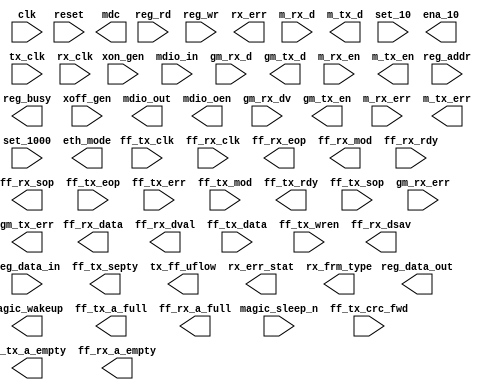
module mac (
		input  wire        clk,           // control_port_clock_connection.clk
		input  wire        reset,         //              reset_connection.reset
		input  wire [7:0]  reg_addr,      //                  control_port.address
		output wire [31:0] reg_data_out,  //                              .readdata
		input  wire        reg_rd,        //                              .read
		input  wire [31:0] reg_data_in,   //                              .writedata
		input  wire        reg_wr,        //                              .write
		output wire        reg_busy,      //                              .waitrequest
		input  wire        ff_tx_clk,     //     transmit_clock_connection.clk
		input  wire        ff_rx_clk,     //      receive_clock_connection.clk
		output wire [31:0] ff_rx_data,    //                       receive.data
		output wire        ff_rx_eop,     //                              .endofpacket
		output wire [5:0]  rx_err,        //                              .error
		output wire [1:0]  ff_rx_mod,     //                              .empty
		input  wire        ff_rx_rdy,     //                              .ready
		output wire        ff_rx_sop,     //                              .startofpacket
		output wire        ff_rx_dval,    //                              .valid
		input  wire [31:0] ff_tx_data,    //                      transmit.data
		input  wire        ff_tx_eop,     //                              .endofpacket
		input  wire        ff_tx_err,     //                              .error
		input  wire [1:0]  ff_tx_mod,     //                              .empty
		output wire        ff_tx_rdy,     //                              .ready
		input  wire        ff_tx_sop,     //                              .startofpacket
		input  wire        ff_tx_wren,    //                              .valid
		input  wire        xon_gen,       //           mac_misc_connection.xon_gen
		input  wire        xoff_gen,      //                              .xoff_gen
		output wire        magic_wakeup,  //                              .magic_wakeup
		input  wire        magic_sleep_n, //                              .magic_sleep_n
		input  wire        ff_tx_crc_fwd, //                              .ff_tx_crc_fwd
		output wire        ff_tx_septy,   //                              .ff_tx_septy
		output wire        tx_ff_uflow,   //                              .tx_ff_uflow
		output wire        ff_tx_a_full,  //                              .ff_tx_a_full
		output wire        ff_tx_a_empty, //                              .ff_tx_a_empty
		output wire [17:0] rx_err_stat,   //                              .rx_err_stat
		output wire [3:0]  rx_frm_type,   //                              .rx_frm_type
		output wire        ff_rx_dsav,    //                              .ff_rx_dsav
		output wire        ff_rx_a_full,  //                              .ff_rx_a_full
		output wire        ff_rx_a_empty, //                              .ff_rx_a_empty
		output wire        mdc,           //           mac_mdio_connection.mdc
		input  wire        mdio_in,       //                              .mdio_in
		output wire        mdio_out,      //                              .mdio_out
		output wire        mdio_oen,      //                              .mdio_oen
		input  wire [7:0]  gm_rx_d,       //           mac_gmii_connection.gmii_rx_d
		input  wire        gm_rx_dv,      //                              .gmii_rx_dv
		input  wire        gm_rx_err,     //                              .gmii_rx_err
		output wire [7:0]  gm_tx_d,       //                              .gmii_tx_d
		output wire        gm_tx_en,      //                              .gmii_tx_en
		output wire        gm_tx_err,     //                              .gmii_tx_err
		input  wire [3:0]  m_rx_d,        //            mac_mii_connection.mii_rx_d
		input  wire        m_rx_en,       //                              .mii_rx_dv
		input  wire        m_rx_err,      //                              .mii_rx_err
		output wire [3:0]  m_tx_d,        //                              .mii_tx_d
		output wire        m_tx_en,       //                              .mii_tx_en
		output wire        m_tx_err,      //                              .mii_tx_err
		input  wire        set_10,        //         mac_status_connection.set_10
		input  wire        set_1000,      //                              .set_1000
		output wire        eth_mode,      //                              .eth_mode
		output wire        ena_10,        //                              .ena_10
		input  wire        tx_clk,        //   pcs_mac_tx_clock_connection.clk
		input  wire        rx_clk         //   pcs_mac_rx_clock_connection.clk
	);
endmodule